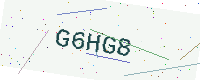
Text: G6HG8